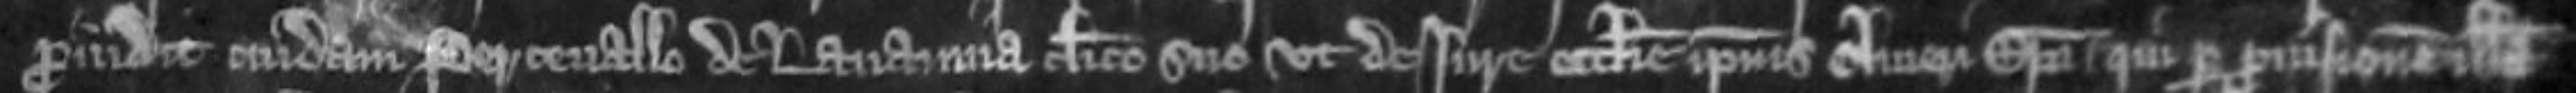
providit cuidam Percevallo de Lavannia clerico suo ut de jure ecclesie ipsius Oliveri episcopi qui per provisionem illam